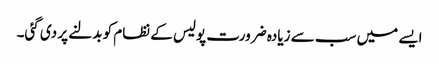
ایسے میں سب سے زیادہ ضرورت پولیس کے نظام کو بدلنے پر دی گئی۔